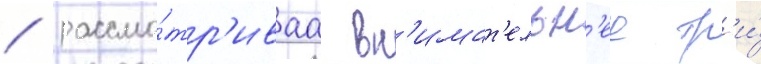
/ рассма́тр'иваа вн'имат'ельн'ее тр'и́